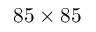
8 5 \times 8 5